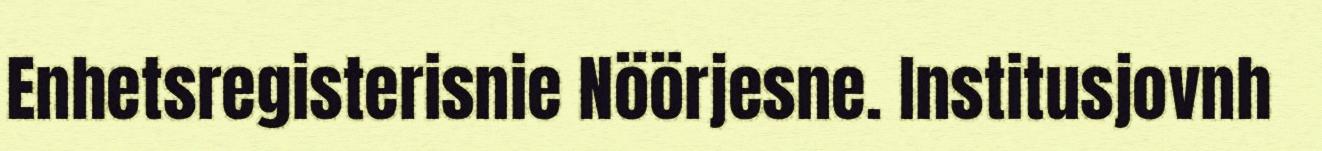
Enhetsregisterisnie Nöörjesne. Institusjovnh